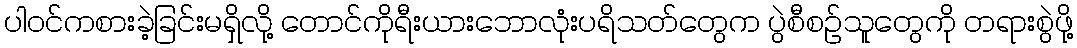
ပါဝင်ကစားခဲ့ခြင်းမရှိလို့ တောင်ကိုရီးယားဘောလုံးပရိသတ်တွေက ပွဲစီစဉ်သူတွေကို တရားစွဲဖို့